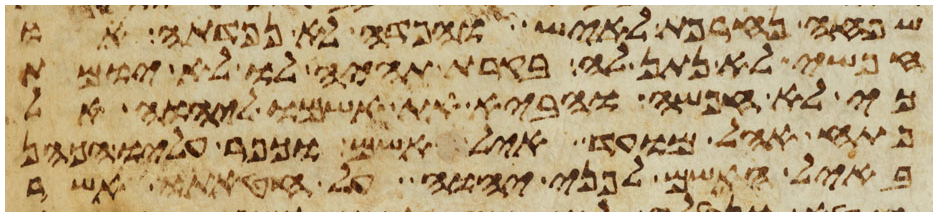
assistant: שפחה נחרפת לאיש והפדה לא נפדתה או
חפשי לא נתן לה בקרת תהיה לו לא יומת
כי לא חפשה והביא את אשמו ליהוה אל
פתח אהל מועד איל אשם וכפר עליו הכהן
באיל האשם לפני יהוה על חטאתו אשר